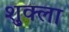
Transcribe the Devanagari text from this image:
श़ुक्ला